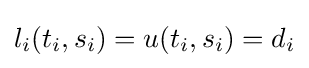
l_{i}(t_{i},s_{i})=u(t_{i},s_{i})=d_{i}